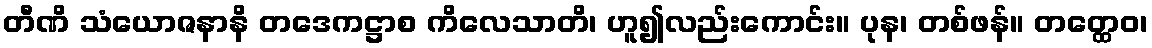
တီဏိ သံယောဇနာနိ တဒေကဋ္ဌာစ ကိလေသာတိ၊ ဟူ၍လည်းကောင်း။ ပုန၊ တစ်ဖန်။ တတ္ထေဝ၊